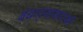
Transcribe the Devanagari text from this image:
बंधार्‍यासारखी